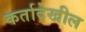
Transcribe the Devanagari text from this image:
कर्तादेखील